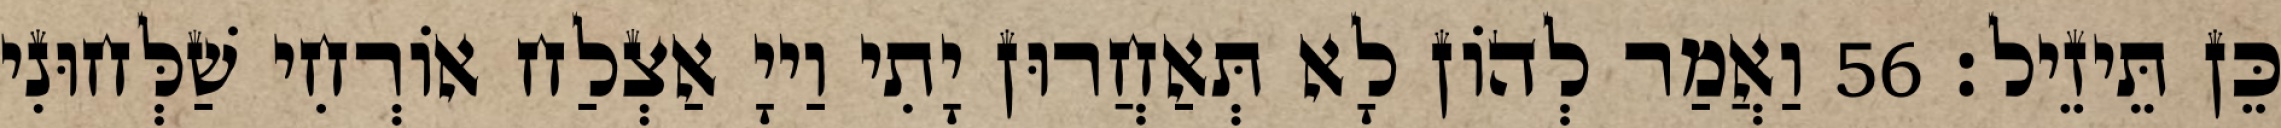
כֵּן תֵּיזֵיל׃ 56 וַאֲמַר לְהוֹן לָא תְּאַחֲרוּן יָתִי וַייָ אַצְלַח אוֹרְחִי שַׁלְּחוּנִי